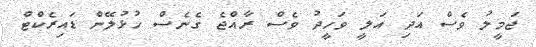
ޖަމީލު ވެސް އަދި އަލީ ވަހީދު ވެސް ރާއްޖެ ގެނެސް ހުޅުލޭން ޑައިރެކްޓް